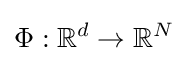
\Phi :\mathbb {R} ^{d}\to \mathbb {R} ^{N}